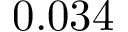
0 . 0 3 4